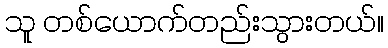
သူ တစ်ယောက်တည်းသွားတယ်။